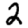
Digit: 2